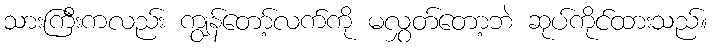
သားကြီးကလည်း ကျွန်တော့်လက်ကို မလွှတ်တော့ဘဲ ဆုပ်ကိုင်ထားသည်။